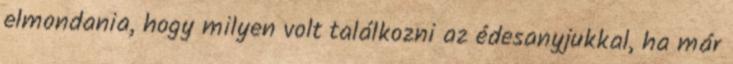
elmondania, hogy milyen volt találkozni az édesanyjukkal, ha már